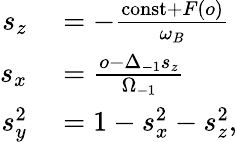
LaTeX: \begin{array}{rl}{s_{z}}&{{}=-\frac{\mathrm{const}+F(o)}{\omega_{B}}}\\ {s_{x}}&{{}=\frac{o-\Delta_{-1}s_{z}}{\Omega_{-1}}}\\ {s_{y}^{2}}&{{}=1-s_{x}^{2}-s_{z}^{2},}\end{array}